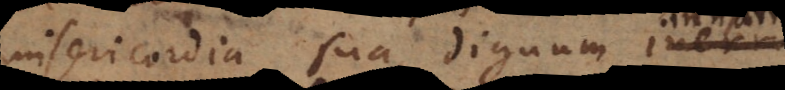
misericordia sua, dignum